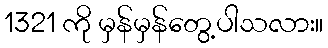
1321 ကို မှန်မှန်တွေ့ပါသလား။